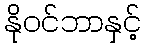
နိုဝင်ဘာနှင့်